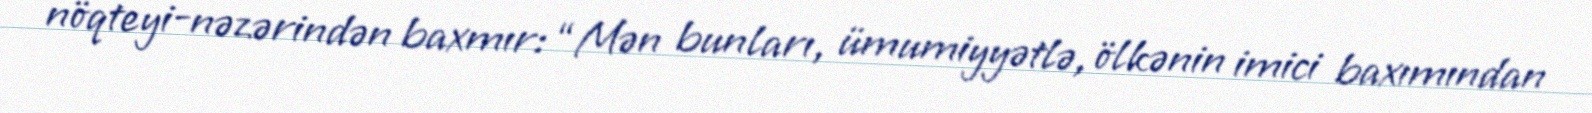
nöqteyi-nəzərindən baxmır: “Mən bunları, ümumiyyətlə, ölkənin imici baxımından